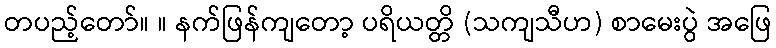
တပည့်တော်။ ။ နက်ဖြန်ကျတော့ ပရိယတ္တိ (သကျသီဟ) စာမေးပွဲ အဖြေ